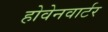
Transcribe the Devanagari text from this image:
होवेनवार्टर